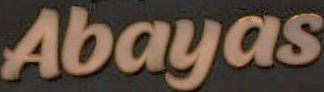
Abayas